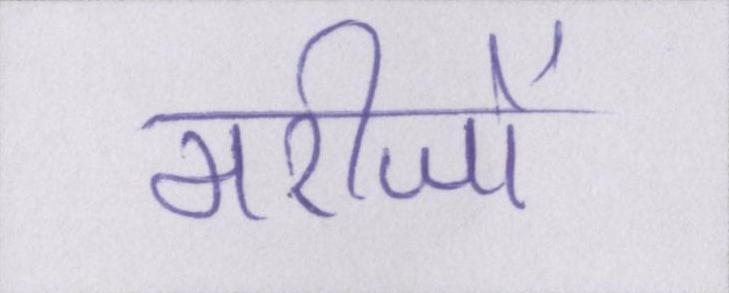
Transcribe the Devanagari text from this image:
मरीजों